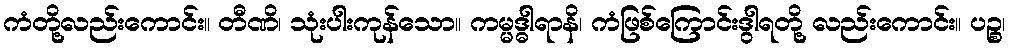
ကံတို့လည်းကောင်း။ တီဏိ၊ သုံးပါးကုန်သော။ ကမ္မဒ္ဓါရာနိ၊ ကံဖြစ်ကြောင်းဒွါရတို့ လည်းကောင်း။ ပဉ္စ၊